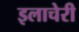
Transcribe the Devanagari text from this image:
इलाचेरी